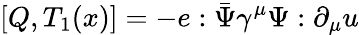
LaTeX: [Q,T_{1}(x)]=-e:\bar{\Psi}\gamma^{\mu}\Psi:\partial_{\mu}u